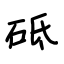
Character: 砥